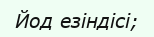
Йод езіндісі;